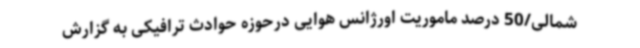
شمالی/50 درصد ماموریت اورژانس هوایی درحوزه حوادث ترافیکی به گزارش